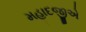
મહાદજીએ